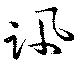
訊